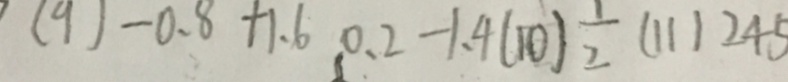
( 9 ) - 0 . 8 + 1 . 6 0 . 2 - 1 . 4 ( 1 0 ) \frac { 1 } { 2 } ( 1 1 ) 2 4 5